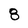
Character: 8